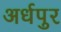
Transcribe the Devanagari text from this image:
अर्धपुर